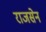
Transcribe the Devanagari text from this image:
राजसेन